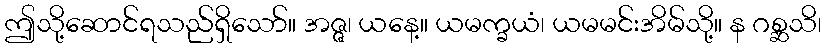
ဤသို့ဆောင်ရသည်ရှိသော်။ အဇ္ဇ၊ ယနေ့။ ယမက္ခယံ၊ ယမမင်းအိမ်သို့။ န ဂစ္ဆသိ၊